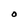
Character: O